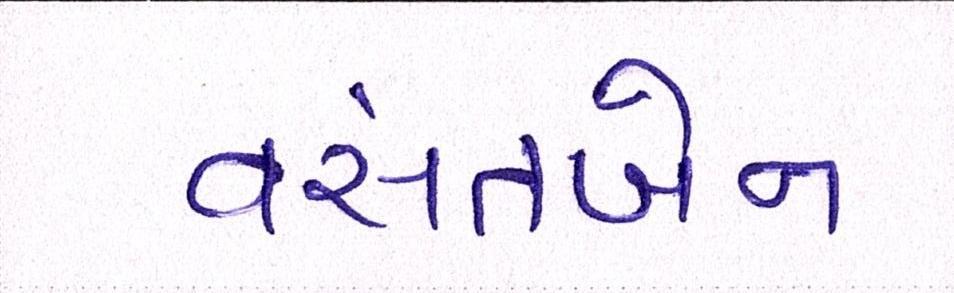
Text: વસંતબેન